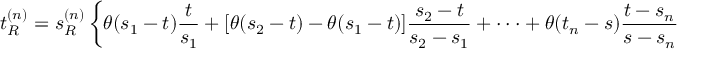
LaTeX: t _ { R } ^ { ( n ) } = s _ { R } ^ { ( n ) } \left\{ \theta ( s _ { 1 } - t ) { \frac { t } { s _ { 1 } } } + [ \theta ( s _ { 2 } - t ) - \theta ( s _ { 1 } - t ) ] { \frac { s _ { 2 } - t } { s _ { 2 } - s _ { 1 } } } + \cdot \cdot \cdot + \theta ( t _ { n } - s ) { \frac { t - s _ { n } } { s - s _ { n } } } \right\} .